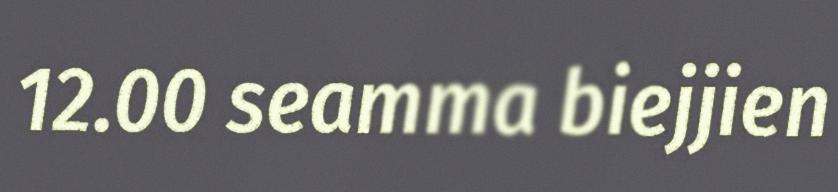
12.00 seamma biejjien